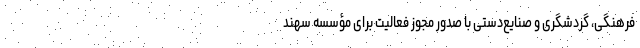
فرهنگی، گردشگری و صنایع‌دستی با صدور مجوز فعالیت برای مؤسسه سهند